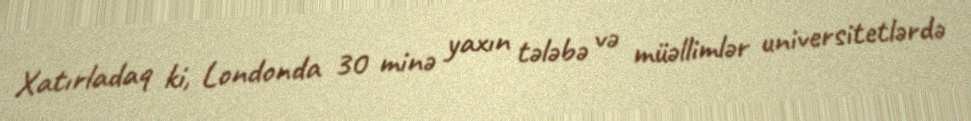
Xatırladaq ki, Londonda 30 minə yaxın tələbə və müəllimlər universitetlərdə